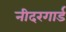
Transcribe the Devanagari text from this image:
नीदरगार्ड